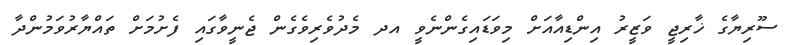
ސޫރިޔާގެ ޚާރިޖީ ވަޒީރު އިންޑިއާއަށް މިވަޑައިގެންނެވީ އދ މެދުވެރިވެގެން ޖެނީވާގައި ފެށުމަށް ތައްޔާރުވަމުންދާ